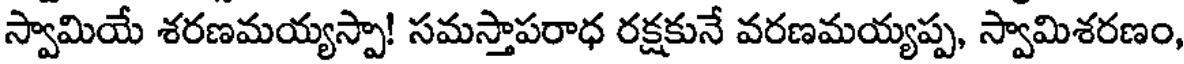
స్వామియే శరణమయ్యస్పా! సమస్తాపరాధ రక్షకునే వరణమయ్యప్ప, స్వామిశరణం,